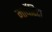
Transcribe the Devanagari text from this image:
मार्घेरिटा